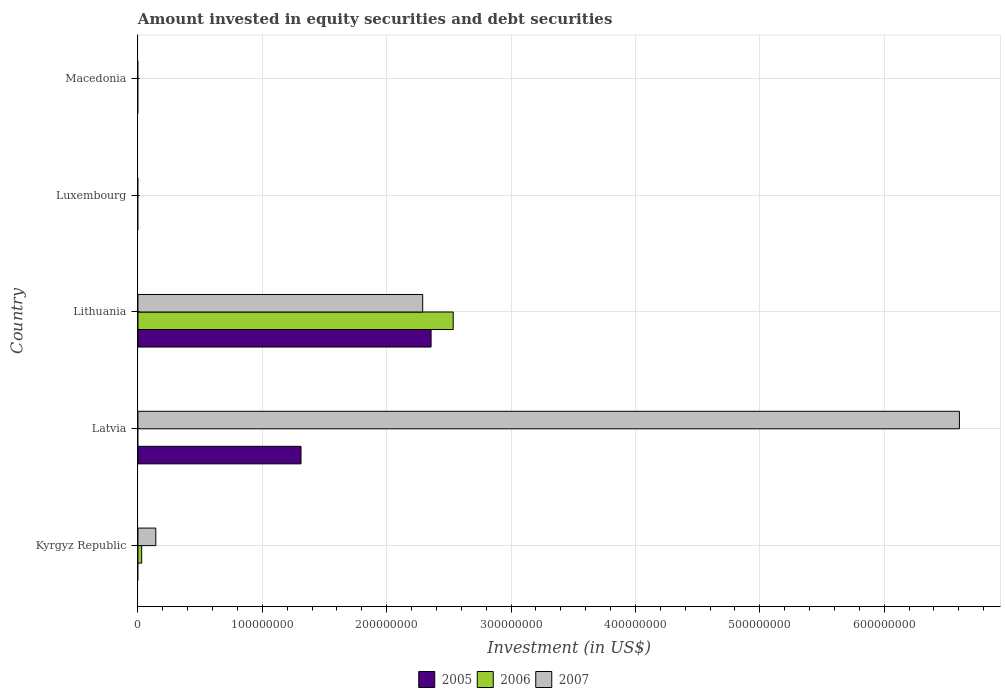
| Country | 2005 | 2006 | 2007 |
 | --- | --- | --- | --- |
 | Kyrgyz Republic | -2.26e+06 | 2.98e+06 | 1.43e+07 |
 | Latvia | 1.31e+08 | -4.34e+07 | 6.6e+08 |
 | Lithuania | 2.36e+08 | 2.53e+08 | 2.29e+08 |
 | Luxembourg | -4.82e+10 | -7.46e+10 | -1.33e+11 |
 | Macedonia | -2.39e+08 | -9.24e+07 | -1.55e+08 |